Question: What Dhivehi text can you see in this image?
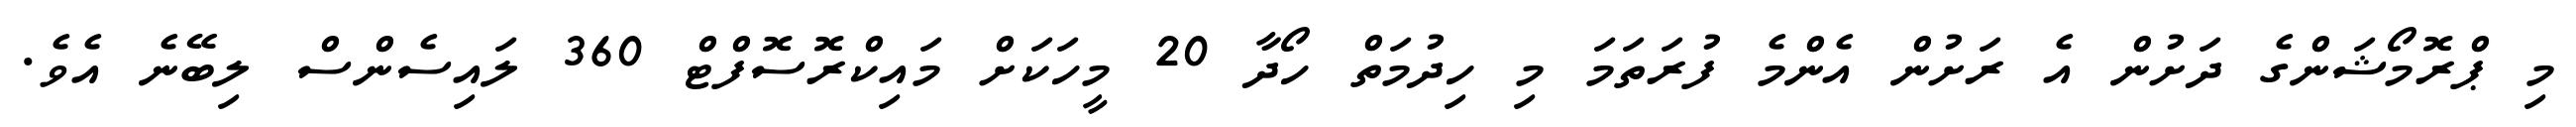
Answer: މި ޕްރޮމޯޝަންގެ ދަށުން އެ ރަށުން އެންމެ ފުރަތަމަ މި ހިދުމަތް ހޯދާ 20 މީހަކަށް މައިކްރޮސޮފްޓް 360 ލައިސެންސް ލިބޭނެ އެވެ.